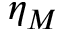
\eta _ { M }